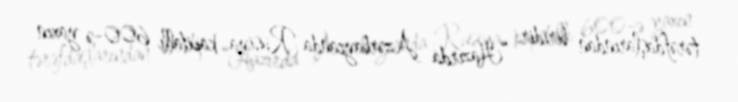
tərəfdaşlarından biridir: “Hazırda Azərbaycanda Rusiya kapitallı 600-ə yaxın